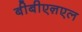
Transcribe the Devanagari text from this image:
बीबीएऩएल